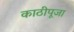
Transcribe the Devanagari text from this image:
काठीपूजा